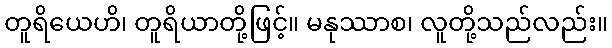
တူရိယေဟိ၊ တူရိယာတို့ဖြင့်။ မနုဿာစ၊ လူတို့သည်လည်း။